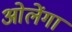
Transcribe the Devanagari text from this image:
ओलेंगा